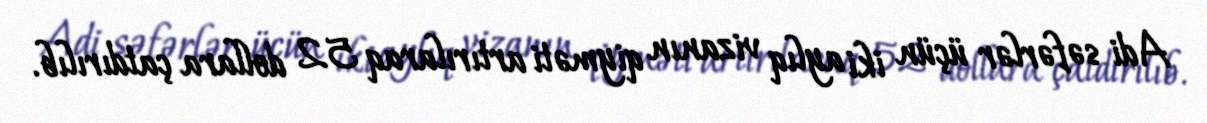
Adi səfərlər üçün iki aylıq vizanın qiyməti artırılaraq 52 dollara çatdırılıb.